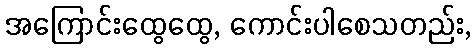
အကြောင်းထွေထွေ, ကောင်းပါစေသတည်း,